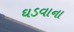
ઘડવાના